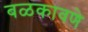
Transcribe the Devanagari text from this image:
बळकावणे